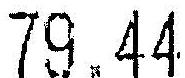
79.44